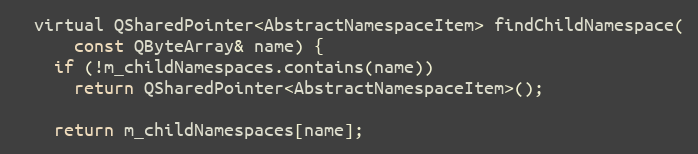
Language: C
  virtual QSharedPointer<AbstractNamespaceItem> findChildNamespace(
      const QByteArray& name) {
    if (!m_childNamespaces.contains(name))
      return QSharedPointer<AbstractNamespaceItem>();

    return m_childNamespaces[name];